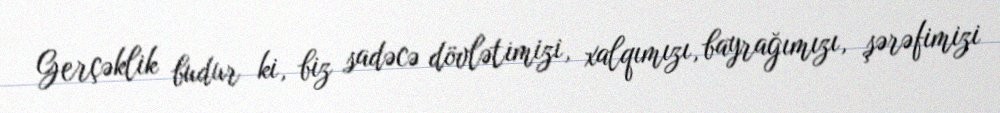
Gerçəklik budur ki, biz sadəcə dövlətimizi, xalqımızı, bayrağımızı, şərəfimizi